Indian journal of veterinary science and animal husbandry - Volume 1,
Year: 1931
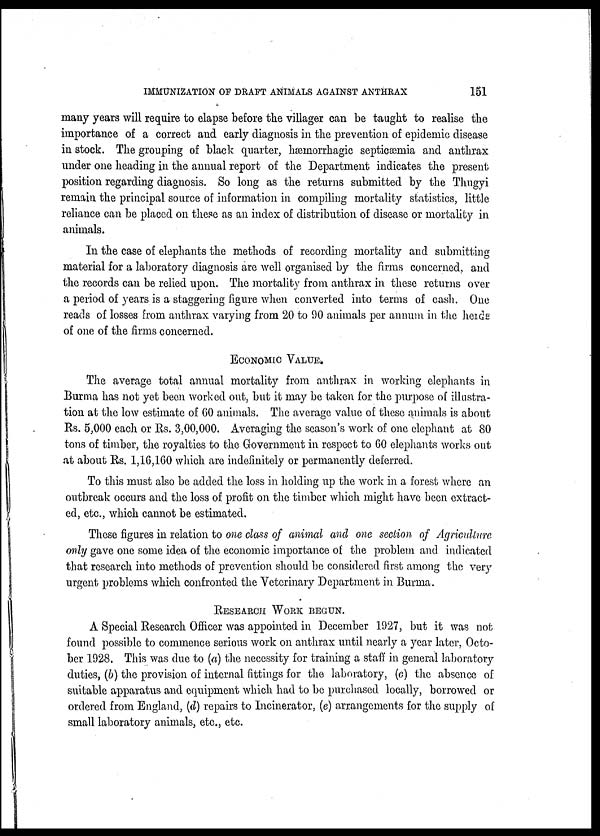
IMMUNIZATION OF DRAFT ANIMALS AGAINST ANTHRAX
151
many years will require to elapse before the villager can be taught to realise the
importance of a correct and early diagnosis in the prevention of epidemic disease
in stock. The grouping of black quarter, hæmorrhagic septicæmia and anthrax
under one heading in the annual report of the Department indicates the present
position regarding diagnosis. So long as the returns submitted by the Thugyi
remain the principal source of information in compiling mortality statistics, little
reliance can be placed on these as an index of distribution of disease or mortality in
animals.
In the case of elephants the methods of recording mortality and submitting
material for a laboratory diagnosis are well organised by the firms concerned, and
the records can be relied upon. The mortality from anthrax in these returns over
a period of years is a staggering figure when converted into terms of cash. One
reads of losses from anthrax varying from 20 to 90 animals per annum in the herds
of one of the firms concerned.
ECONOMIC VALUE.
The average total annual mortality from anthrax in working elephants in
Burma has not yet been worked out, but it may be taken for the purpose of illustra-
tion at the low estimate of 60 animals. The average value of these animals is about
Rs. 5,000 each or Rs. 3,00,000. Averaging the season's work of one elephant at 80
tons of timber, the royalties to the Government in respect to 60 elephants works out
at about Rs. 1,16,160 which are indefinitely or permanently deferred.
To this must also be added the loss in holding up the work in a forest where an
outbreak occurs and the loss of profit on the timber which might have been extract-
ed, etc., which cannot be estimated.
These figures in relation to one class of animal and one section of Agriculture
only gave one some idea of the economic importance of the problem and indicated
that research into methods of prevention should be considered first among the very
urgent problems which confronted the Veterinary Department in Burma.
RESEARCH WORK BEGUN.
A Special Research Officer was appointed in December 1927, but it was not
found possible to commence serious work on anthrax until nearly a year later, Octo-
ber 1928. This was due to (a) the necessity for training a staff in general laboratory
duties, (b) the provision of internal fittings for the laboratory, (c) the absence of
suitable apparatus and equipment which had to be purchased locally, borrowed or
ordered from England, (d) repairs to Incinerator, (e) arrangements for the supply of
small laboratory animals, etc., etc.